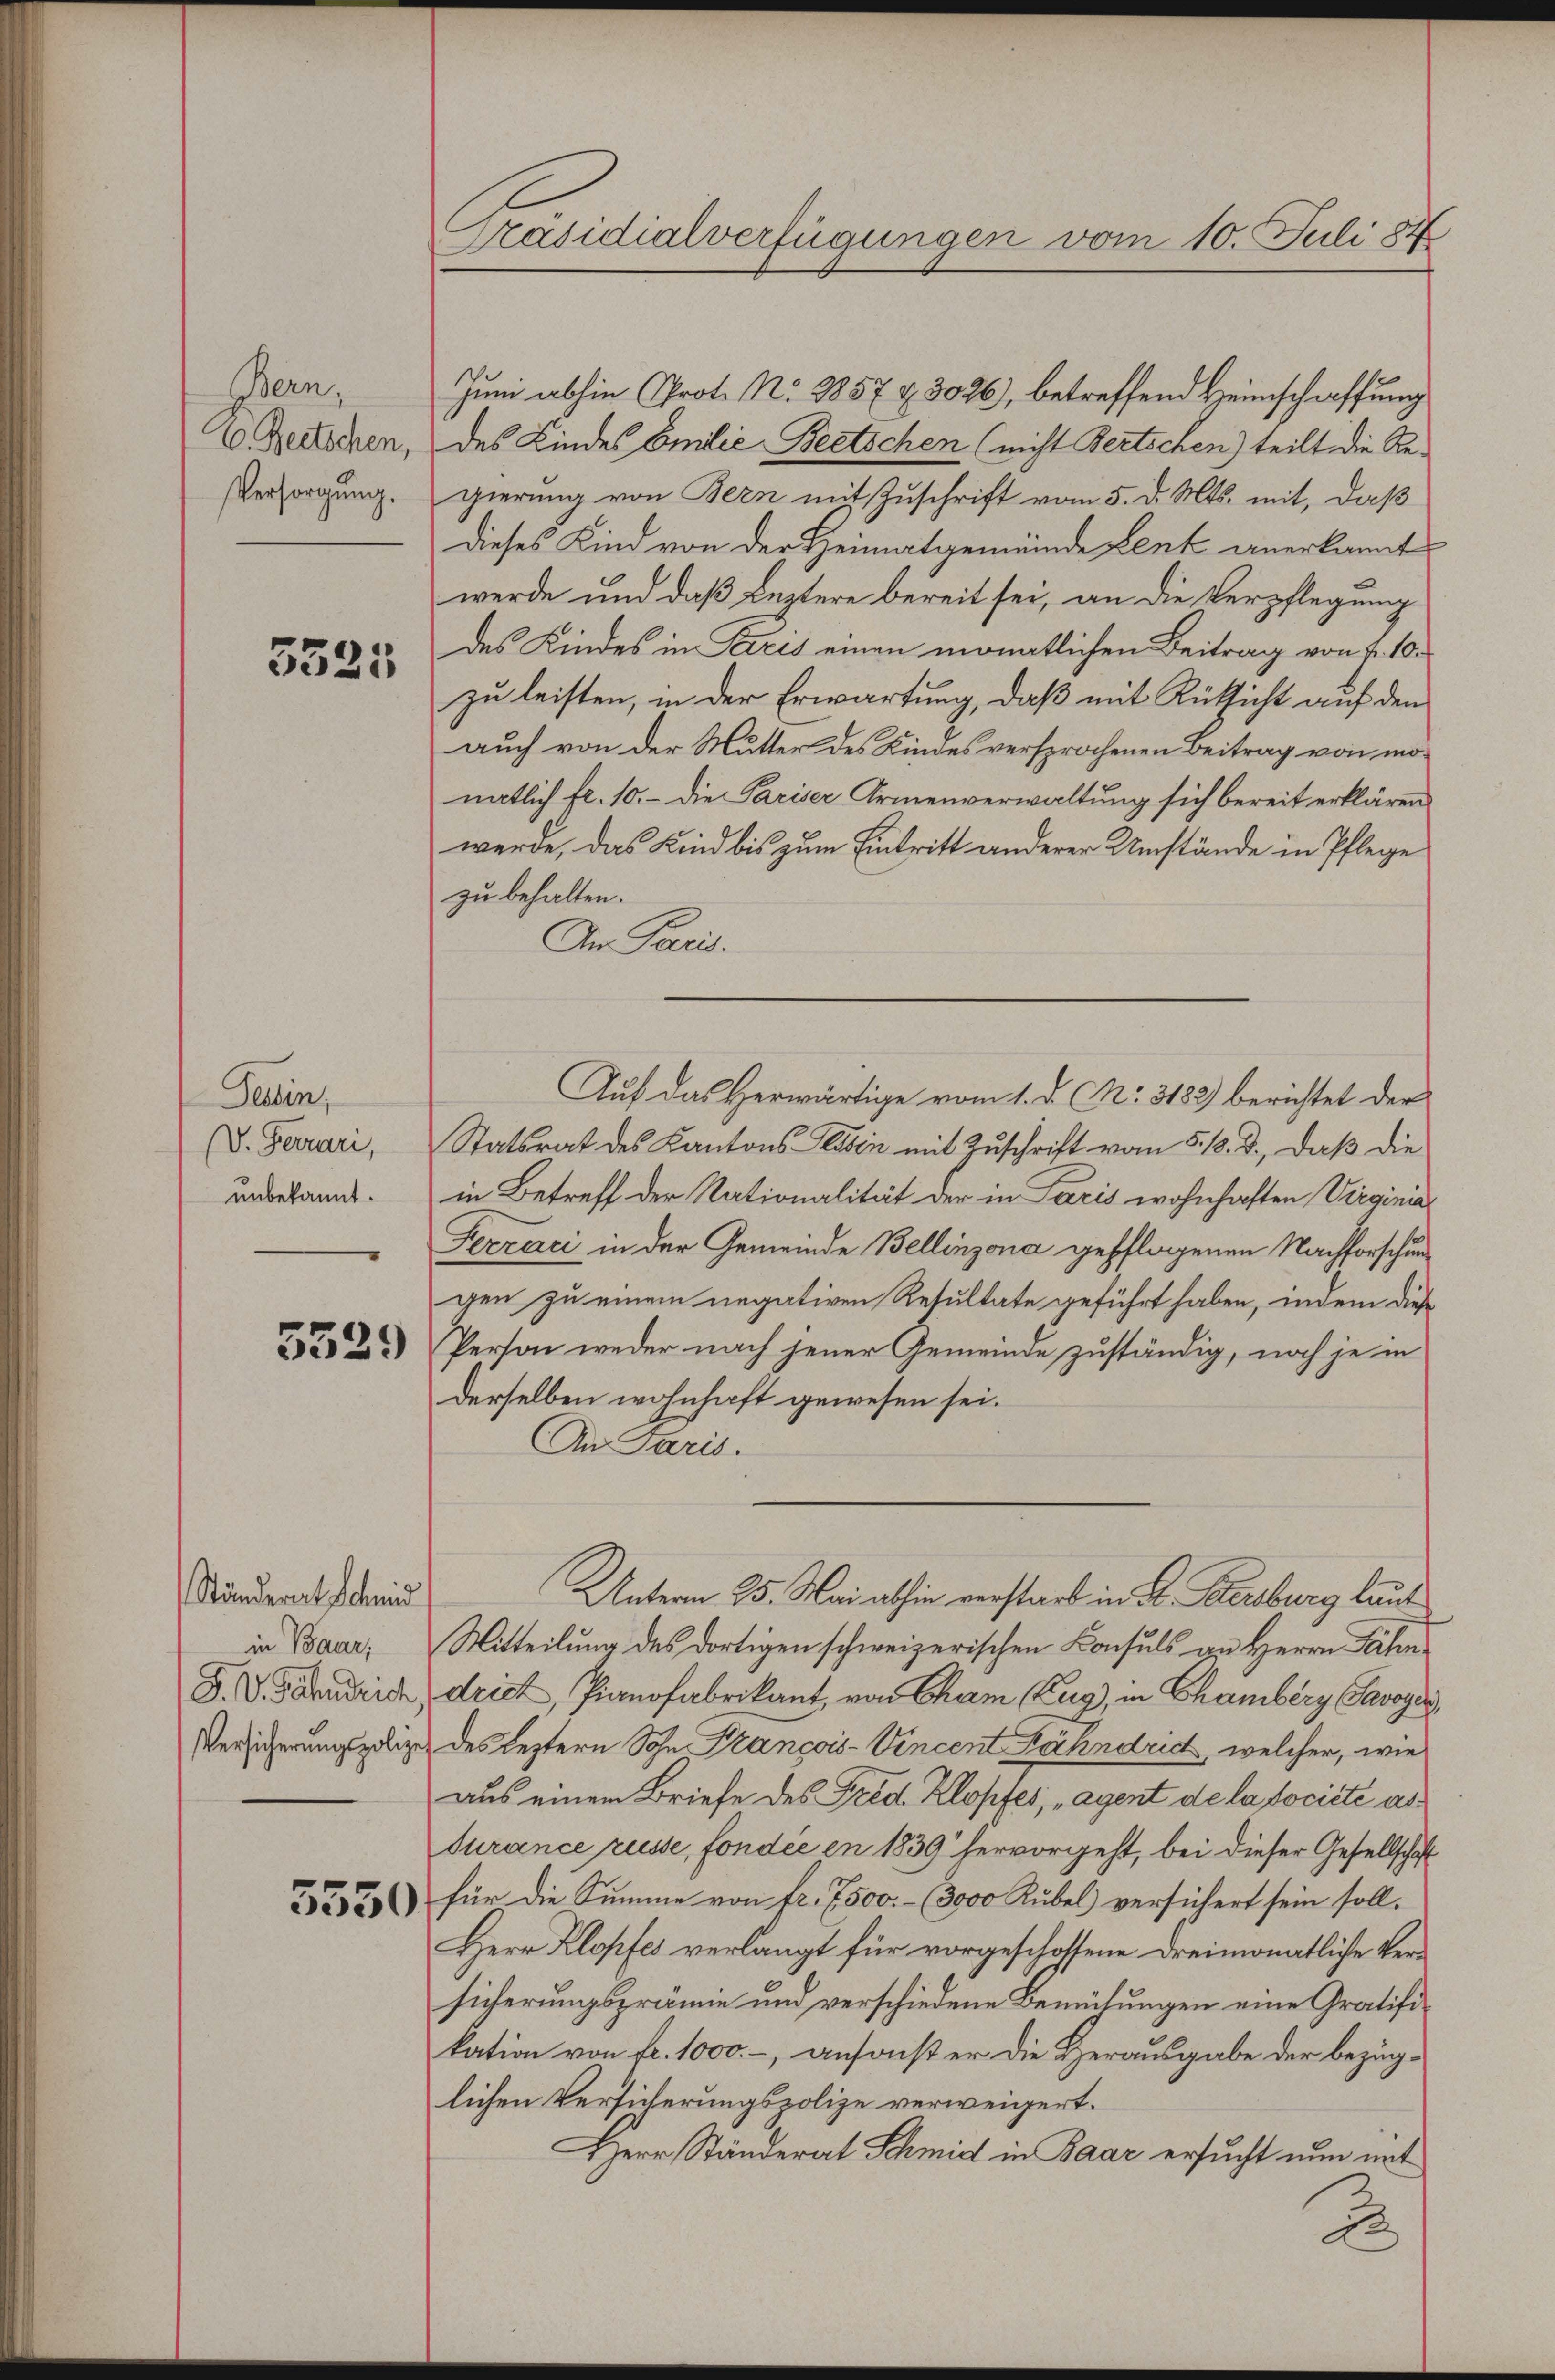
Bern,
1. Beetschen,
Versorgung.

3325

Tessin,
(v. Ferrari,
unbekannt.

5529

Ständerat Schmid
in Baar,
F. W. Fahndrich
Versicherungspoliz

5550

Präsidialverfügungen vom 10. Juli 184

Juni abhin Prot. N. 2857 & 3026), betreffend Heimschaffung
des Kindes Emilie Beetschen (nicht Bertschen) teilt die Regierung von Bern mit Zuschrift vom 5. d. Mts. mit, daß
Dieses Kind von der Heimatgemeinde Lent anerkannt
werde und daß Leztere bereit sei, an die Verpflegung
des Kindes in Paris einen monatlichen Beitrag von 7. 10.
zu leisten, in der Erwartung, daß mit Rücksicht auf den
auch von der Mutter des Kindes versprochenen Beitrag von mönatlich fl. 10. – die Pariser Armenverwaltung sich bereit erklären
werde, das Kind bis zum Eintritt anderer Umstände in Pflege
zu behalten.
An Paris.
Auf das Herwärtige vom 1. d. M: 3182) berichtet der
Statsrat des Kantons- Plösen mit Zuschrift vom 5. 18. d., daß die
in Betreff der Nationalität der in Paris wohnhaften Virgina
Ferrarci in der Gemeinde Bellinzona gepflogenen Nachforschung
gen zu einem negativen Resultate geführt haben, indem diese
Perton weder nach jener Gemeinde zuständig, noch je in
derselben wohnhaft gewesen sei.
An Paris.
Unterm 25. Mai abhin verstarb in B. Petersburg laut
Mitteilung des dortigen schweizerischen Consuls an Herrn Fähndritt, Pianofabrikant, von Cham (Zug, in Chamberg (Savoyer
des Leztern Sohn Francois-Vincent Kähndud, welcher, wie
aus einem Briefe des Frid. Klopfes, Agent de la société as
surance russe, fonder en 1839 hervorgeht, bei dieser Gesellschaft
für die Summe von Fr. 7500.- (3000 Kubel) versichert sein soll.
Herr Klopfes verlangt für vorgeschossene dreimonatliche Versicherungspräume und verschiedene Bemühungen eine Gratifikation von fr. 1000.-, ansonst er die Herausgabe der bezüglichen Versicherungspolize verweigert.
Herr Ständerat Schmidt in Baar ersucht nun mit
2